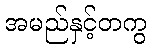
အမည်နှင့်တကွ